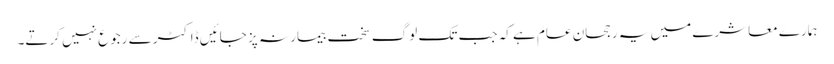
ہمارے معاشرے میں یہ رجحان عام ہے کہ جب تک لوگ سخت بیمار نہ پز جائیں ڈاکٹر سے رجوع نہیں کرتے۔